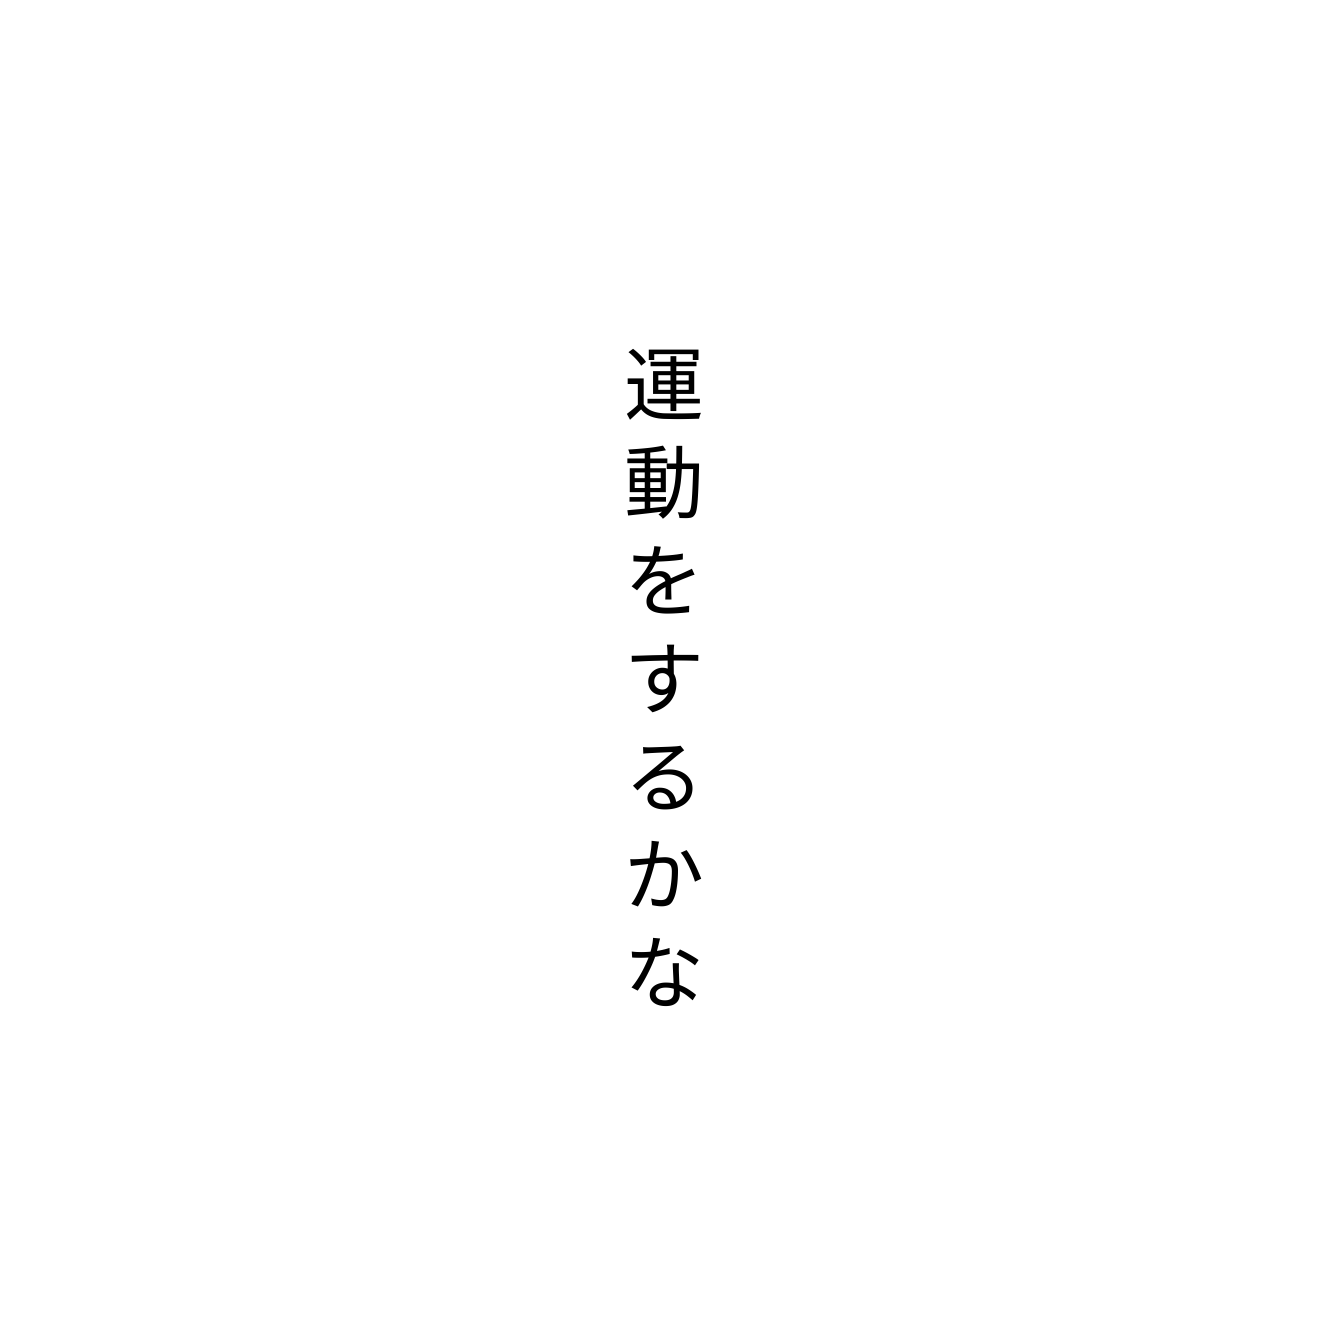
運動をするかな